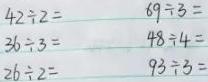
\begin{align*}
42\div2&=\\
36\div3&=\\
26\div2&=\\
\end{align*}
\begin{align*}
69\div3&=\\
48\div4&=\\
93\div3&=\\
\end{align*}